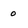
Character: O